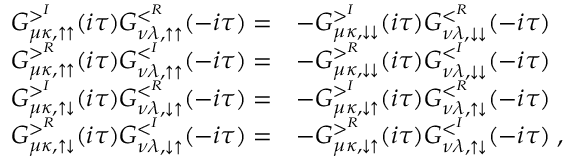
\begin{array} { r l } { G _ { \mu \kappa , \uparrow \uparrow } ^ { > ^ { I } } ( i \tau ) G _ { \nu \lambda , \uparrow \uparrow } ^ { < ^ { R } } ( - i \tau ) = } & { - G _ { \mu \kappa , \downarrow \downarrow } ^ { > ^ { I } } ( i \tau ) G _ { \nu \lambda , \downarrow \downarrow } ^ { < ^ { R } } ( - i \tau ) } \\ { G _ { \mu \kappa , \uparrow \uparrow } ^ { > ^ { R } } ( i \tau ) G _ { \nu \lambda , \uparrow \uparrow } ^ { < ^ { I } } ( - i \tau ) = } & { - G _ { \mu \kappa , \downarrow \downarrow } ^ { > ^ { R } } ( i \tau ) G _ { \nu \lambda , \downarrow \downarrow } ^ { < ^ { I } } ( - i \tau ) } \\ { G _ { \mu \kappa , \uparrow \downarrow } ^ { > ^ { I } } ( i \tau ) G _ { \nu \lambda , \downarrow \uparrow } ^ { < ^ { R } } ( - i \tau ) = } & { - G _ { \mu \kappa , \downarrow \uparrow } ^ { > ^ { I } } ( i \tau ) G _ { \nu \lambda , \uparrow \downarrow } ^ { < ^ { R } } ( - i \tau ) } \\ { G _ { \mu \kappa , \uparrow \downarrow } ^ { > ^ { R } } ( i \tau ) G _ { \nu \lambda , \downarrow \uparrow } ^ { < ^ { I } } ( - i \tau ) = } & { - G _ { \mu \kappa , \downarrow \uparrow } ^ { > ^ { R } } ( i \tau ) G _ { \nu \lambda , \uparrow \downarrow } ^ { < ^ { I } } ( - i \tau ) \; , } \end{array}